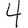
Digit: 4